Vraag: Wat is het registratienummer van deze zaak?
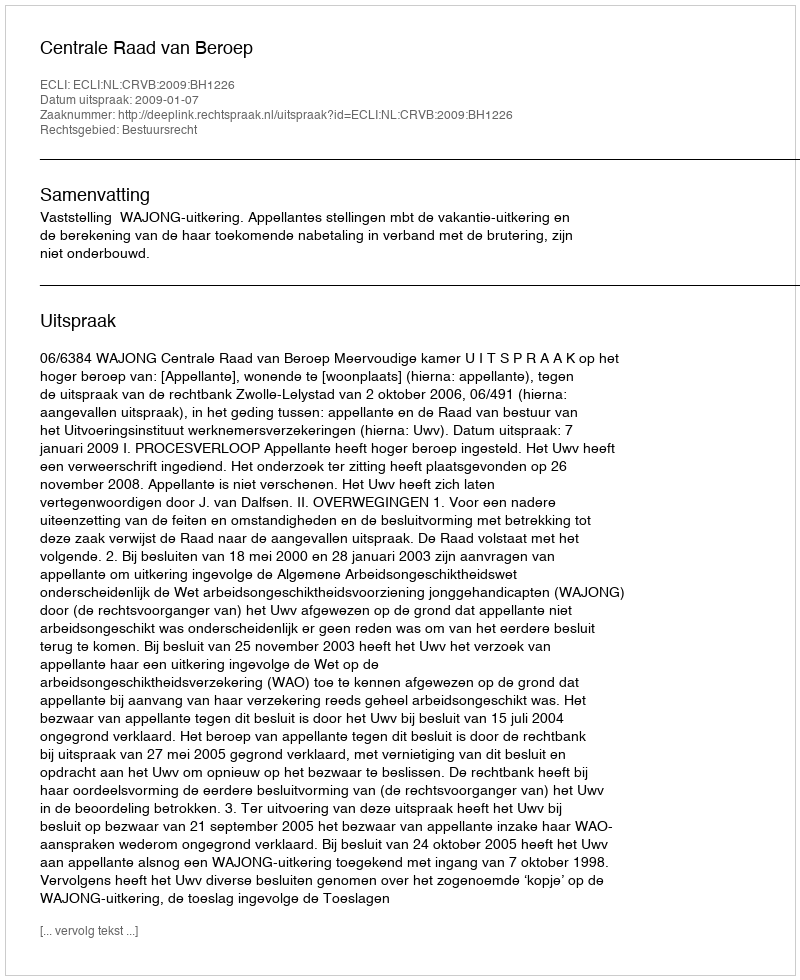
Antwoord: http://deeplink.rechtspraak.nl/uitspraak?id=ECLI:NL:CRVB:2009:BH1226